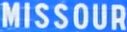
MISSOURI